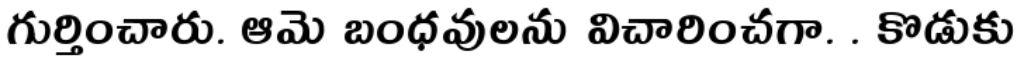
గుర్తించారు. ఆమె బంధవులను విచారించగా. . కొడుకు